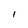
Character: I